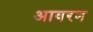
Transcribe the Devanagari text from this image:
आवरन